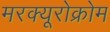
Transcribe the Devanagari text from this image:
मरक्यूरोक्रोम